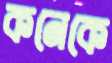
কনেকে